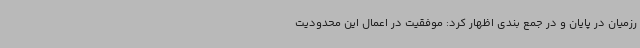
رزمیان در پایان و در جمع بندی اظهار کرد: موفقیت در اعمال این محدودیت